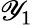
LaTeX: \mathscr{Y}_{1}